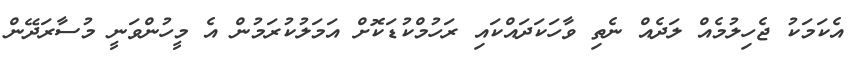
އެކަމަކު ޖެހިލުމެއް ލަދެއް ނެތި ވާހަކަދައްކައި ރަހުމްކުޑަކޮށް އަމަލުކުރަމުން އެ މީހުންވަނީ މުސާރަދޭން